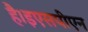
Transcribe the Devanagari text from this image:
है।इएसपीएन